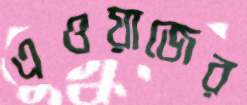
এওয়াজের